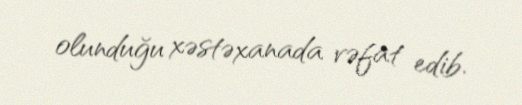
olunduğu xəstəxanada vəfat edib.